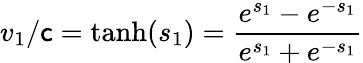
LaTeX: v_{1}/\mathsf{c}={\mathrm{{tanh}}}(s_{1})={\frac{{e^{s_{1}}-e^{-s_{1}}}}{{e^{s_{1}}+e^{-s_{1}}}}}